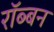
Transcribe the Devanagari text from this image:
रॉब्‍बन